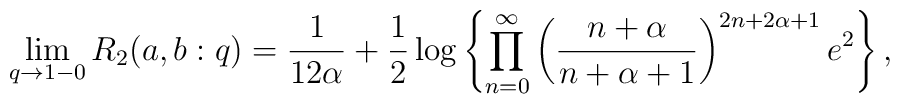
\lim_{q \to 1-0} R_{2}(a,b:q) = \frac{1}{12\alpha}        + \frac12 \log \left\{        \prod_{n=0}^{\infty} \left(        \frac{n+\alpha}{n+\alpha+1}        \right)^{2n+2\alpha +1} e^{2}        \right\},